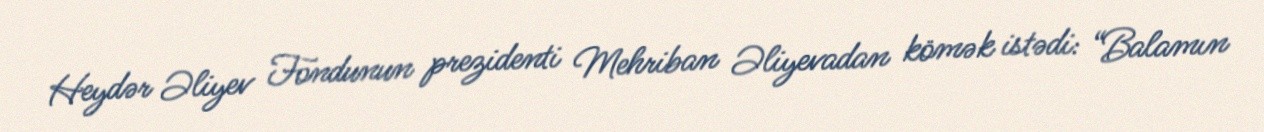
Heydər Əliyev Fondunun prezidenti Mehriban Əliyevadan kömək istədi: “Balamın